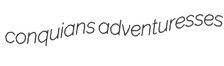
conquians adventuresses